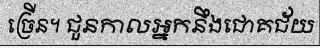
ច្រើន។ ជួនកាលអ្នកនឹងជោគជ័យ